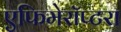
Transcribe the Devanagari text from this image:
एफिमेरॉप्टरा